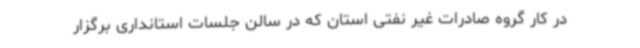
در کار گروه صادرات غیر نفتی استان که در سالن جلسات استانداری برگزار